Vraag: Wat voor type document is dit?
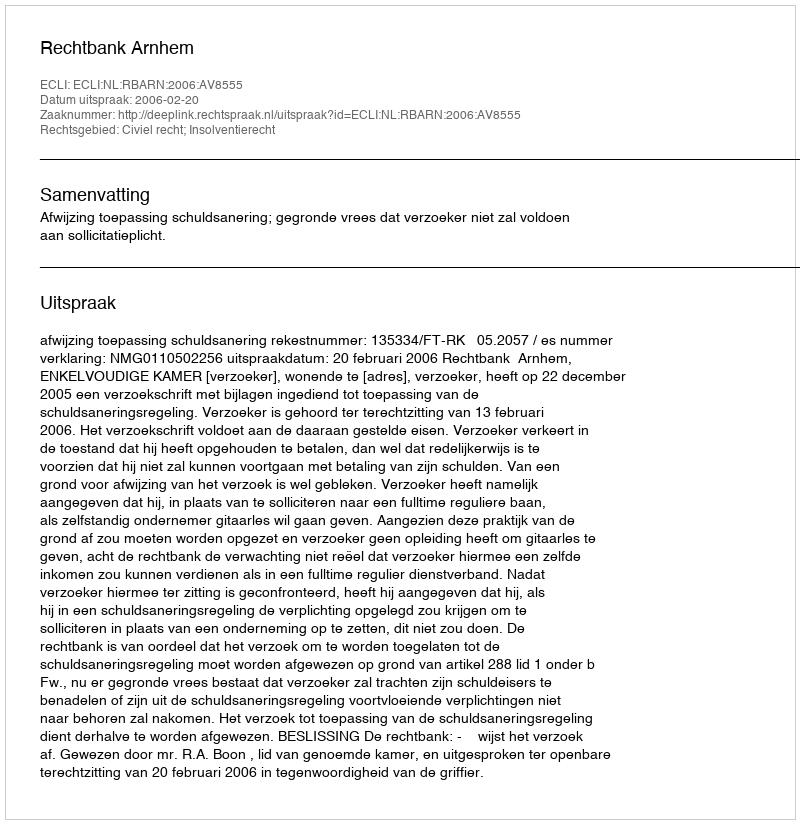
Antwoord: Uitspraak